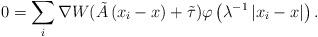
LaTeX: \begin{align*}0=\sum_{i} \nabla W(\tilde{A}\left(x_i-x\right)+\tilde{\tau})\varphi\left(\lambda^{-1}\left|x_i-x\right|\right) .\end{align*}